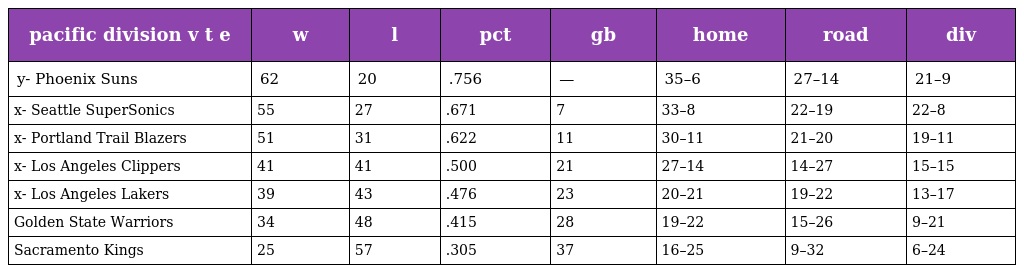
| pacific division v t e | w | l | pct | gb | home | road | div |
 | --- | --- | --- | --- | --- | --- | --- | --- |
 | y- Phoenix Suns | 62 | 20 | .756 | — | 35–6 | 27–14 | 21–9 |
 | x- Seattle SuperSonics | 55 | 27 | .671 | 7 | 33–8 | 22–19 | 22–8 |
 | x- Portland Trail Blazers | 51 | 31 | .622 | 11 | 30–11 | 21–20 | 19–11 |
 | x- Los Angeles Clippers | 41 | 41 | .500 | 21 | 27–14 | 14–27 | 15–15 |
 | x- Los Angeles Lakers | 39 | 43 | .476 | 23 | 20–21 | 19–22 | 13–17 |
 | Golden State Warriors | 34 | 48 | .415 | 28 | 19–22 | 15–26 | 9–21 |
 | Sacramento Kings | 25 | 57 | .305 | 37 | 16–25 | 9–32 | 6–24 |